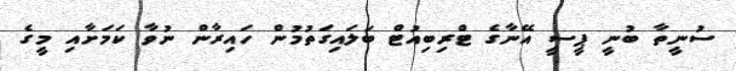
ސުނީތާ ބުނީ ޕީސީ އޭނާގެ ޓްރިބިއުޓް ބަލައިގަތުމުން ހައިރާން ނުވާ ކަމަށާއި މީގެ